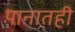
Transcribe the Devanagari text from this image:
पानातही